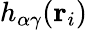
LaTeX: h_{\alpha\gamma}({\mathbf r}_{i})